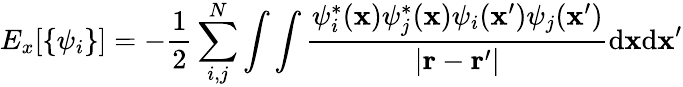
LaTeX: E_{x}[\{ \psi_{i}\} ]=-\frac{1}{2}\sum_{i,j}^{N}\int\int\frac{\psi_{i}^{*}(\mathbf{x})\psi_{j}^{*}(\mathbf{x})\psi_{i}(\mathbf{x}^{\prime})\psi_{j}(\mathbf{x}^{\prime})}{|\mathbf{r}-\mathbf{r}^{\prime}|}\mathrm{d}\mathbf{x}\mathrm{d}\mathbf{x}^{\prime}